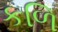
કળિ